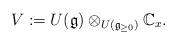
LaTeX: \begin{align*}V := U(\mathfrak g) \otimes_{ U(\mathfrak g_{\geq 0}) } \mathbb C_x.\end{align*}